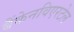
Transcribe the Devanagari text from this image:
बैंकेनविएरटेल